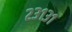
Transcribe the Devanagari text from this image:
२३१३१